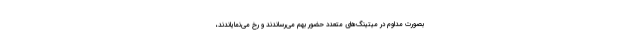
بصورت مداوم در میتینگ‌های متعدد حضور بهم می‌رساندند و رخ می‌نمایاندند،